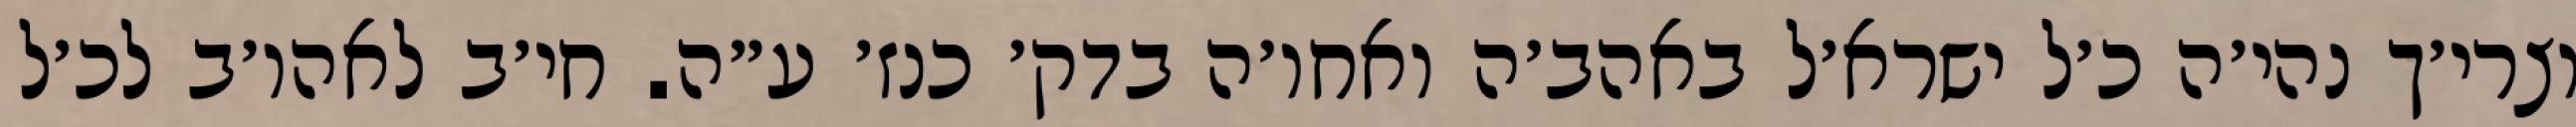
וצרי׳ך נהי׳ה כ׳ל ישרא׳ל באהב׳ה ואחו׳ה בדק׳ כנז׳ ע״ה. חי׳ב לאהו׳ב לכ׳ל